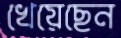
খেয়েছেন